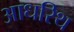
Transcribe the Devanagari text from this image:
आधरिथ